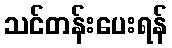
သင်တန်းပေးရန်